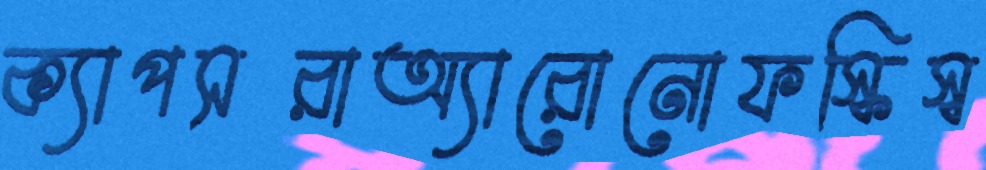
ক্যাপসরাঅ্যারোনোফস্কিস্ব